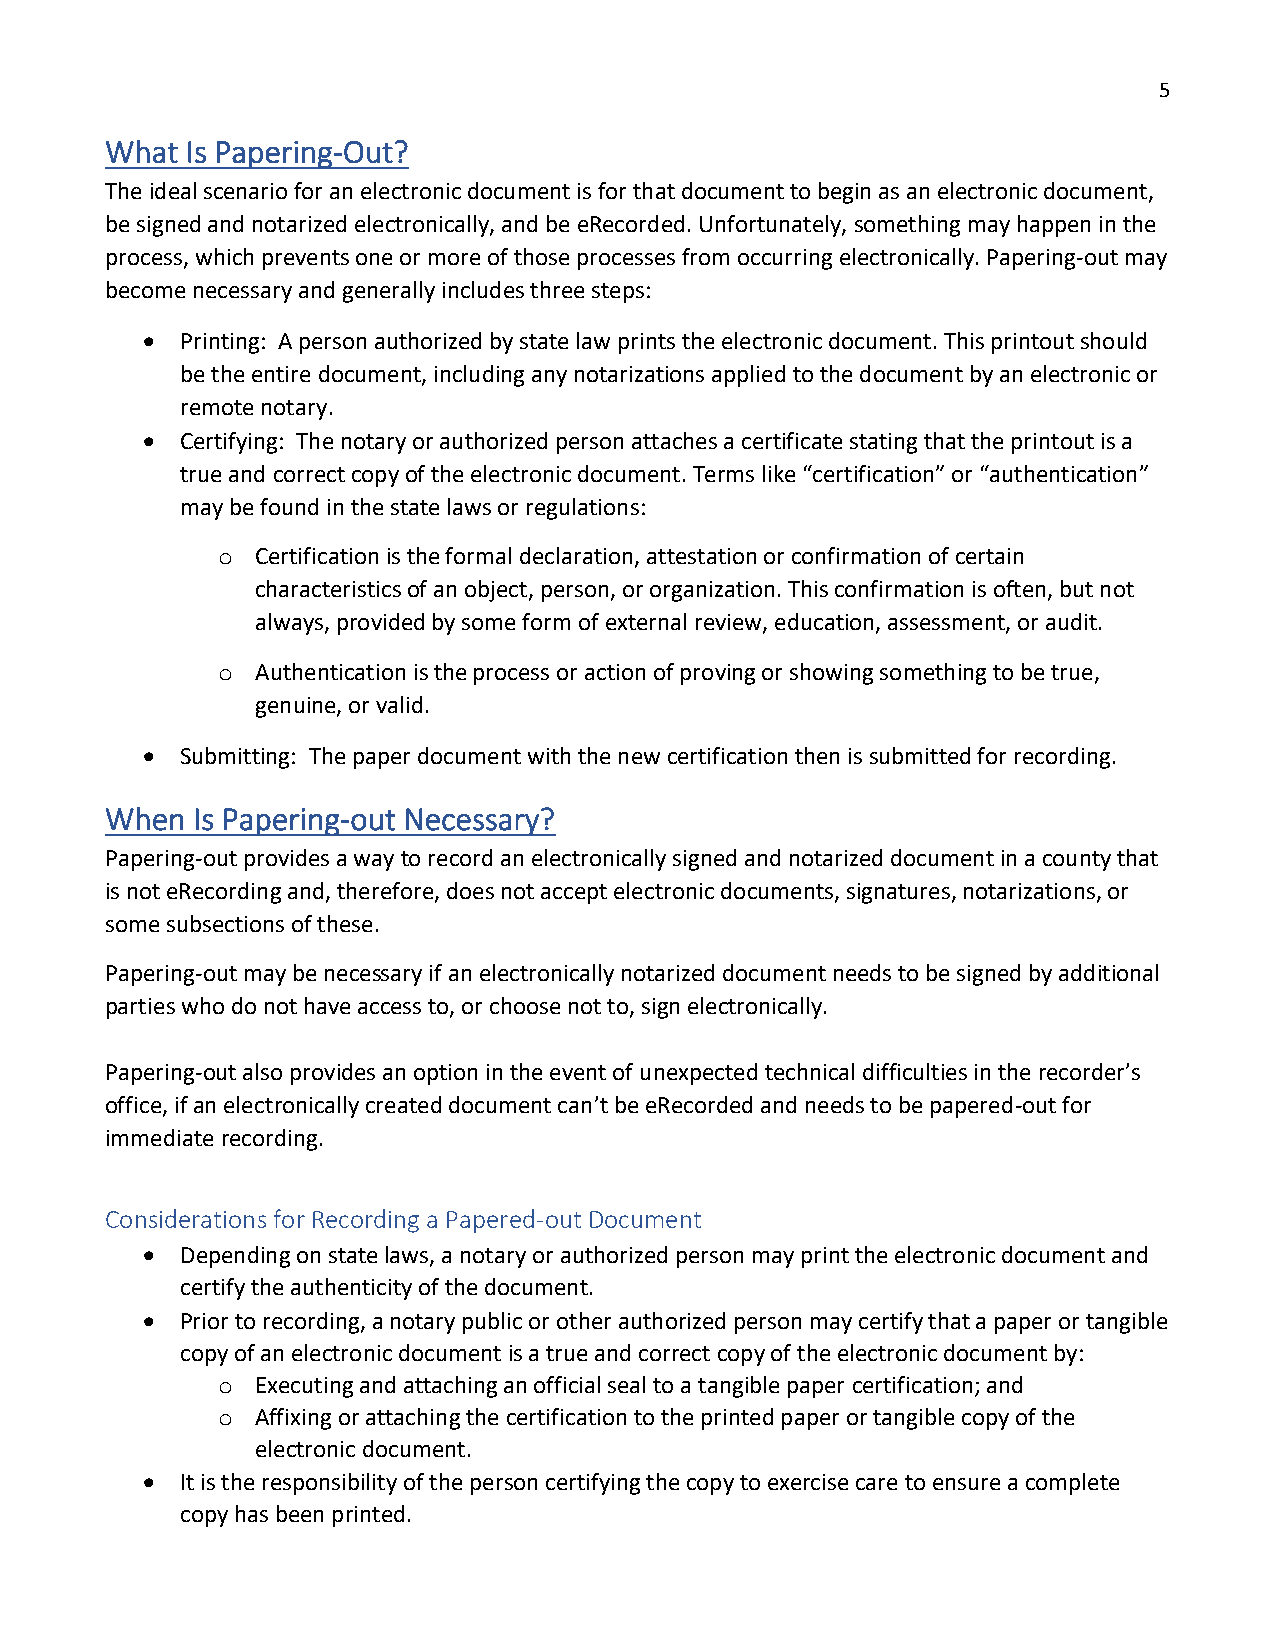
5
 What Is Papering-Out?
 The ideal scenario for an electronic document is for that document to begin as an electronic document,
 be signed and notarized electronically, and be eRecorded. Unfortunately, something may happen in the
 process, which prevents one or more of those processes from occurring electronically. Papering-out may
 become necessary and generally includes three steps:
 •  Printing: A person authorized by state law prints the electronic document. This printout should
 be the entire document, including any notarizations applied to the document by an electronic or
 remote notary.
 •  Certifying: The notary or authorized person attaches a certificate stating that the printout is a
 true and correct copy of the electronic document. Terms like “certification” or “authentication”
 may be found in the state laws or regulations:
 o  Certification is the formal declaration, attestation or confirmation of certain
 characteristics of an object, person, or organization. This confirmation is often, but not
 always, provided by some form of external review, education, assessment, or audit.
 o  Authentication is the process or action of proving or showing something to be true,
 genuine, or valid.
 •  Submitting: The paper document with the new certification then is submitted for recording.
 When  Is Papering-out Necessary?
 Papering-out provides a way to record an electronically signed and notarized document in a county that
 is not eRecording and, therefore, does not accept electronic documents, signatures, notarizations, or
 some subsections of these.
 Papering-out may be necessary if an electronically notarized document needs to be signed by additional
 parties who do not have access to, or choose not to, sign electronically.
 Papering-out also provides an option in the event of unexpected technical difficulties in the recorder’s
 office, if an electronically created document can’t be eRecorded and needs to be papered-out for
 immediate recording.
 Considerations for Recording a Papered-out Document
 •  Depending on state laws, a notary or authorized person may print the electronic document and
 certify the authenticity of the document.
 •  Prior to recording, a notary public or other authorized person may certify that a paper or tangible
 copy of an electronic document is a true and correct copy of the electronic document by:
 o  Executing and attaching an official seal to a tangible paper certification; and
 o  Affixing or attaching the certification to the printed paper or tangible copy of the
 electronic document.
 •  It is the responsibility of the person certifying the copy to exercise care to ensure a complete
 copy has been printed.